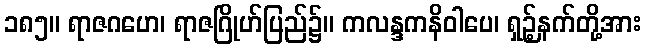
၁၈၅။ ရာဇဂဟေ၊ ရာဇဂြိုဟ်ပြည်၌။ ကလန္ဒကနိဝါပေ၊ ရှဉ့်နက်တို့အား